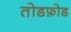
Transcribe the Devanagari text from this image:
तोडफ़ोड